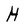
Character: H